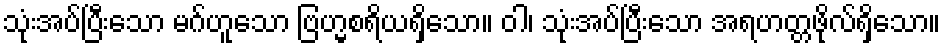
သုံးအပ်ပြီးသော မဂ်ဟူသော ဗြဟ္မစရိယရှိသော။ ဝါ၊ သုံးအပ်ပြီးသော အရဟတ္တဖိုလ်ရှိသော။